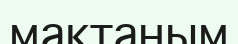
мақтаным